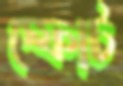
স্ফোট